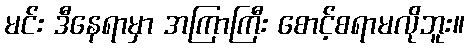
မင်း ဒီနေရာမှာ အကြာကြီး စောင့်စရာမလိုဘူး။